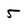
Character: 5